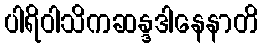
ပါရိဝါသိကဆန္ဒဒါနေနာတိ